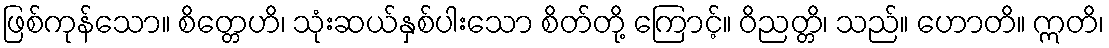
ဖြစ်ကုန်သော။ စိတ္တေဟိ၊ သုံးဆယ်နှစ်ပါးသော စိတ်တို့ ကြောင့်။ ဝိညတ္တိ၊ သည်။ ဟောတိ။ ဣတိ၊